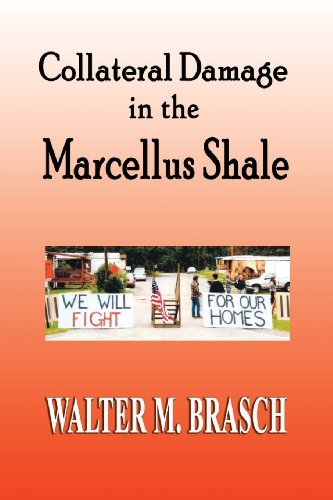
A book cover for Collateral Damage in the Marcellus Shale; Walter M. Brasch; Biographies & Memoirs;